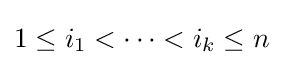
{\textstyle 1\leq i_{1}<\cdots <i_{k}\leq n}